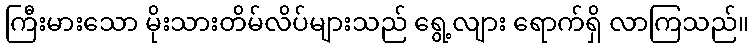
ကြီးမားသော မိုးသားတိမ်လိပ်များသည် ရွေ့လျား ရောက်ရှိ လာကြသည်။